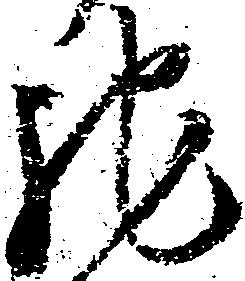
馳